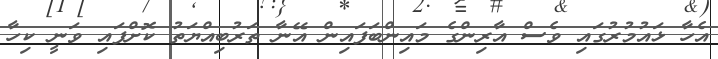
އެހާ ޅައުމުރުގައި ވެސް އާރިންގެ މައިންބަފައިން އޭނާ ތަރުބިއްޔަތު ކޮށްފައި ވަނީ ކިހާ